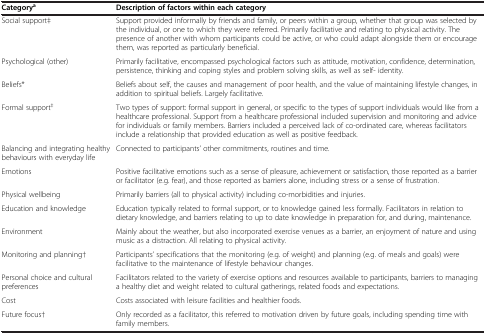
<table><thead><tr><td><b>Category<sup>a</sup></b></td><td><b>Description of factors within each category</b></td></tr></thead><tbody><tr><td>Social support‡</td><td>Support provided informally by friends and family, or peers within a group, whether that group was selected by the individual, or one to which they were referred. Primarily facilitative and relating to physical activity. The presence of another with whom participants could be active, or who could adapt alongside them or encourage them, was reported as particularly beneficial.</td></tr><tr><td>Psychological (other)</td><td>Primarily facilitative, encompassed psychological factors such as attitude, motivation, confidence, determination, persistence, thinking and coping styles and problem solving skills, as well as self- identity.</td></tr><tr><td>Beliefs*</td><td>Beliefs about self, the causes and management of poor health, and the value of maintaining lifestyle changes, in addition to spiritual beliefs. Largely facilitative.</td></tr><tr><td>Formal support<sup>‡</sup></td><td>Two types of support: formal support in general, or specific to the types of support individuals would like from a healthcare professional. Support from a healthcare professional included supervision and monitoring and advice for individuals or family members. Barriers included a perceived lack of co-ordinated care, whereas facilitators include a relationship that provided education as well as positive feedback.</td></tr><tr><td>Balancing and integrating healthy behaviours with everyday life</td><td>Connected to participants’ other commitments, routines and time.</td></tr><tr><td>Emotions</td><td>Positive facilitative emotions such as a sense of pleasure, achievement or satisfaction, those reported as a barrier or facilitator (e.g. fear), and those reported as barriers alone, including stress or a sense of frustration.</td></tr><tr><td>Physical wellbeing</td><td>Primarily barriers (all to physical activity) including co-morbidities and injuries.</td></tr><tr><td>Education and knowledge</td><td>Education typically related to formal support, or to knowledge gained less formally. Facilitators in relation to dietary knowledge, and barriers relating to up to date knowledge in preparation for, and during, maintenance.</td></tr><tr><td>Environment</td><td>Mainly about the weather, but also incorporated exercise venues as a barrier, an enjoyment of nature and using music as a distraction. All relating to physical activity.</td></tr><tr><td>Monitoring and planning†</td><td>Participants’ specifications that the monitoring (e.g. of weight) and planning (e.g. of meals and goals) were facilitative to the maintenance of lifestyle behaviour changes.</td></tr><tr><td>Personal choice and cultural preferences</td><td>Facilitators related to the variety of exercise options and resources available to participants, barriers to managing a healthy diet and weight related to cultural gatherings, related foods and expectations.</td></tr><tr><td>Cost</td><td>Costs associated with leisure facilities and healthier foods.</td></tr><tr><td>Future focus†</td><td>Only recorded as a facilitator, this referred to motivation driven by future goals, including spending time with family members.</td></tr></tbody></table>